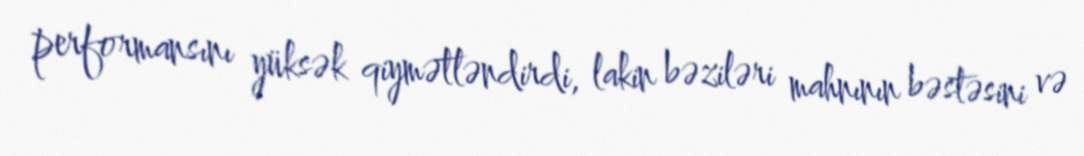
performansını yüksək qiymətləndirdi, lakin bəziləri mahnının bəstəsini və